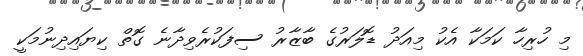
މި ހުރިހާ ކަމަކާ އެކު މިއަދު ޑޮލަރުގެ ބާޒާރު ސިފަކުރެވިދާނެ ގޮތް ކިޔައިދިނުމަކީ